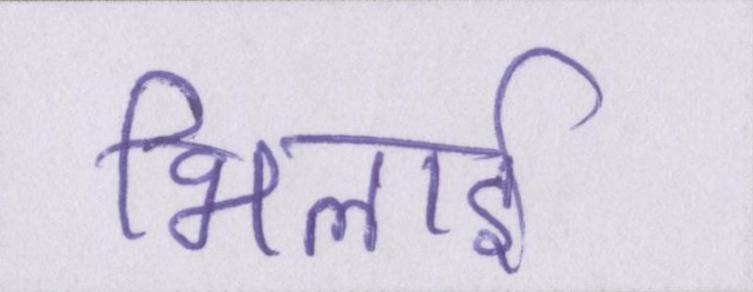
भिलाई